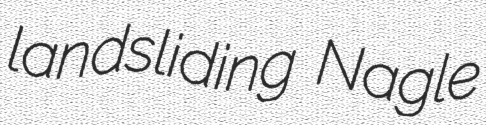
landsliding Nagle